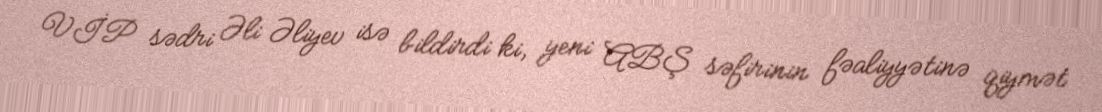
VİP sədri Əli Əliyev isə bildirdi ki, yeni ABŞ səfirinin fəaliyyətinə qiymət